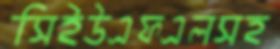
সিইউএফএলসহ